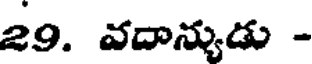
29. వదాన్యుడు -